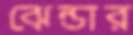
ঝেন্ডার